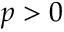
p > 0